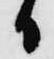
日